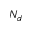
N _ { d }